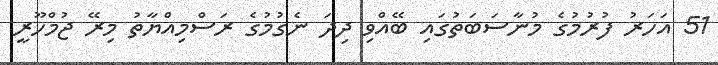
51 އަހަރު ފުރުމުގެ މުނާސަބަތުގައި ބޭއްވި ދިދަ ނެގުމުގެ ރަސްމިއްޔާތު މިރޭ ޖުމްހޫރީ